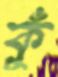
কুঁ